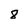
Character: 8